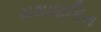
યથાશકિત